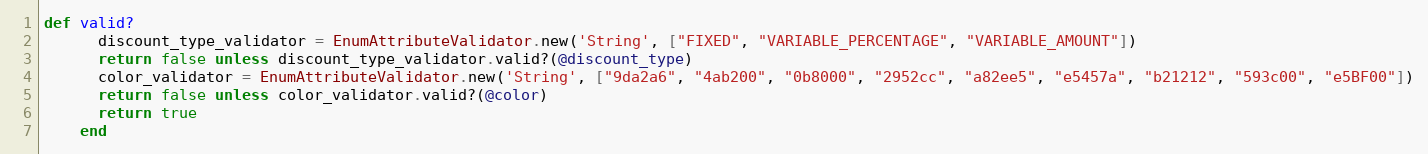
Language: Ruby
def valid?
      discount_type_validator = EnumAttributeValidator.new('String', ["FIXED", "VARIABLE_PERCENTAGE", "VARIABLE_AMOUNT"])
      return false unless discount_type_validator.valid?(@discount_type)
      color_validator = EnumAttributeValidator.new('String', ["9da2a6", "4ab200", "0b8000", "2952cc", "a82ee5", "e5457a", "b21212", "593c00", "e5BF00"])
      return false unless color_validator.valid?(@color)
      return true
    end